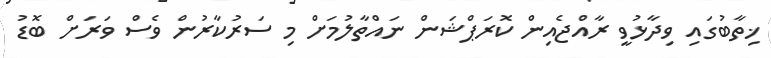
ޚިތާބުގައި ވިދާޅުވީ ރާއްޖެއިން ކޮރަޕްޝަން ނައްތާލުމަށް މި ސަރުކާރުން ވެސް ވަރަށް ބޮޑު